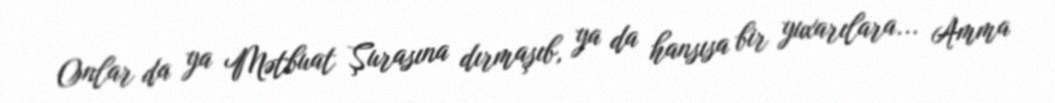
Onlar da ya Mətbuat Şurasına dırmaşıb, ya da hansısa bir yuxarılara... Amma